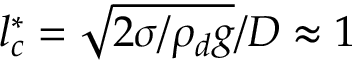
l _ { c } ^ { * } = \sqrt { 2 { \sigma } / { { \rho } _ { d } } g } / D \approx 1